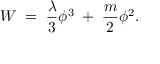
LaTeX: W \; = \; { \frac { \lambda } { 3 } } \phi ^ { 3 } \; + \; { \frac { m } { 2 } } \phi ^ { 2 } .